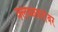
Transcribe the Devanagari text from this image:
क्लब्जबरोबर